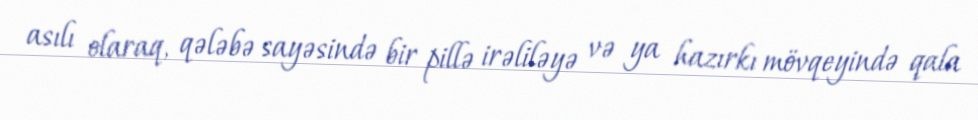
asılı olaraq, qələbə sayəsində bir pillə irəliləyə və ya hazırkı mövqeyində qala